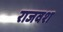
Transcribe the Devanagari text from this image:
राजवश